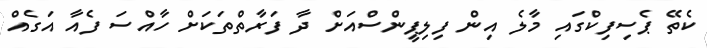
ކެތޭ ޕެސިފިކްގައި މާލެ އިން ފިލިޕީންސްއަށް ދާ ފަރާތްތަަކަށް ހާއްސަ ފެއާ އަގެެއް